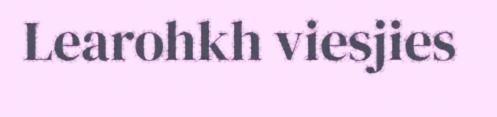
Learohkh viesjies